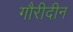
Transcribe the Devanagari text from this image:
गौरीदीन